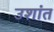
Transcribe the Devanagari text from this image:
उशांत